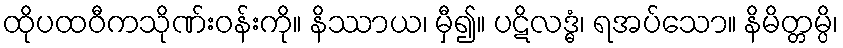
ထိုပထဝီကသိုဏ်းဝန်းကို။ နိဿာယ၊ မှီ၍။ ပဋိလဒ္ဓံ၊ ရအပ်သော။ နိမိတ္တမ္ပိ၊